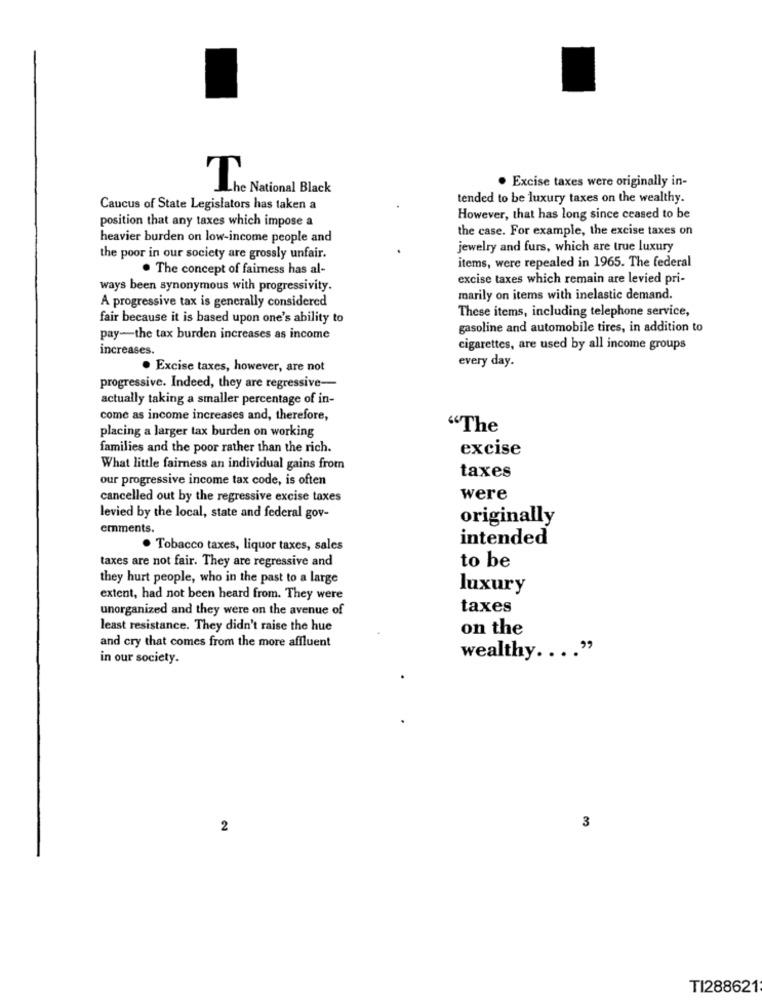
TheNational Black
. Excise taxes were originally in-
tended to be luxury taxes on the wealthy.
Caucus of State Legislators has taken a
position that any taxes which impose a
However, that has long since ceased to be
the case. For example, the excise taxes on
heavier burden on low-income people and
jewelry and furs, which are true luxury
the poor in our society are grossly unfair.
. The concept of fairess has al-
items, were repealed in 1965. The federal
excise taxes which remain are levied pri-
ways been synonymous with progressivity.
A progressive tax is generally considered
marily on items with inelastic demand.
These items, including telephone service,
fair because it is based upon one's ability to
gasoline and automobile tires, in addition to
pay-the tax burden increases as income
increases.
cigarettes, are used by all income groups
every day.
. Excise taxes, however, are not
progressive. Indeed, they are regressive-
actually taking a smaller percentage of in-
come as income increases and, therefore,
placing a larger tax burden on working
"The
families and the poor rather than the rich.
excise
What little fairness an individual gains from
our progressive income tax code, is often
taxes
cancelled out by the regressive excise taxes
were
levied by the local, state and federal gov-
originally
emments.
intended
. Tobacco taxes, liquor taxes, sales
to be
taxes are not fair. They are regressive and
they hurt people, who in the past to a large
luxury
extent, had not been heard from. They were
unorganized and they were on the avenue of
taxes
least resistance. They didn't raise the hue
on the
and cry that comes from the more affluent
in our society.
wealthy .... "
3
2
TI288621